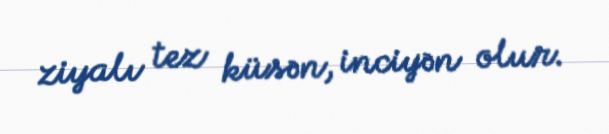
ziyalı tez küsən, inciyən olur.